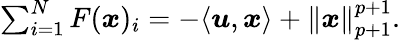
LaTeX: \begin{array}{r}{\sum_{i=1}^{N}F({\boldsymbol x})_{i}=-\langle\boldsymbol{u},{\boldsymbol x}\rangle+\| {\boldsymbol x}\| _{p+1}^{p+1}.}\end{array}